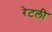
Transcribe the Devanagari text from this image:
रेटली